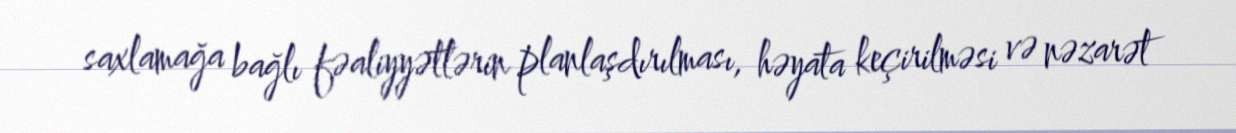
saxlamağa bağlı fəaliyyətlərin planlaşdırılması, həyata keçirilməsi və nəzarət